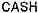
CASH